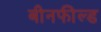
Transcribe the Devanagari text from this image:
बीनफील्ड